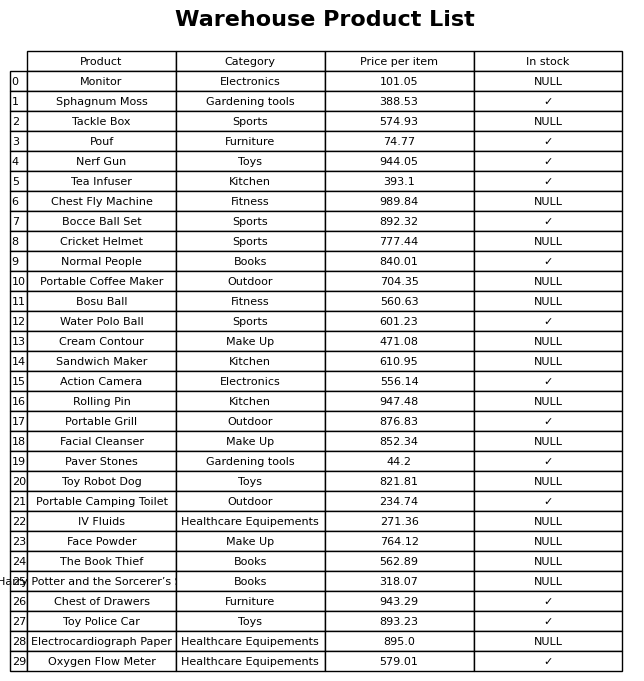
question: Is the Face Powder in stock?
answer: NULL